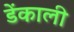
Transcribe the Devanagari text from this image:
डेंकाली